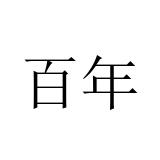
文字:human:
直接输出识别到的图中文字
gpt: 百年